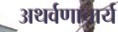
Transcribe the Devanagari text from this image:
अथर्वणाचार्य